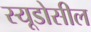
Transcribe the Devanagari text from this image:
स्यूडोसील